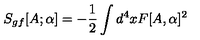
S _ { g f } [ A ; \alpha ] = - \frac { 1 } { 2 } \int d ^ { 4 } x F [ A , \alpha ] ^ { 2 }